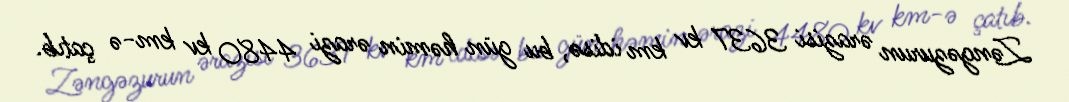
Zəngəzurun ərazisi 3637 kv km idisə, bu gün həmin ərazi 4480 kv km-ə çatıb.